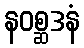
နဝစ္ဆဒနံ